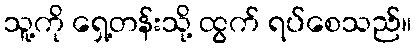
သူ့ကို ရှေ့တန်းသို့ ထွက် ရပ်စေသည်။